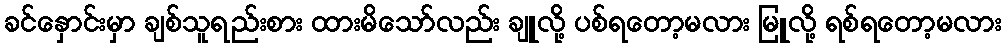
ခင်နှောင်းမှာ ချစ်သူရည်းစား ထားမိသော်လည်း ချူလို့ ပစ်ရတော့မလား မြူလို့ ရစ်ရတော့မလား